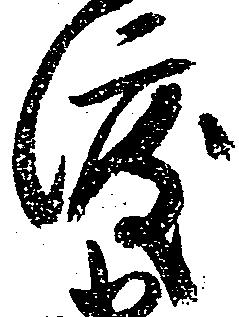
渡